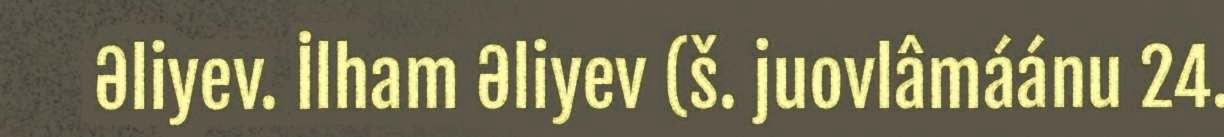
Əliyev. İlham Əliyev (š. juovlâmáánu 24.